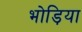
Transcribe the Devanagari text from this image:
भोड़िया